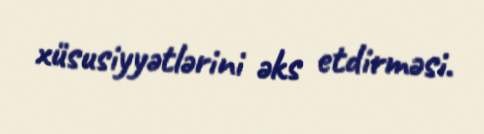
xüsusiyyətlərini əks etdirməsi.